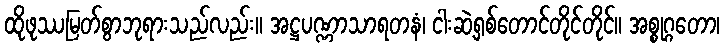
ထိုဖုဿမြတ်စွာဘုရားသည်လည်း။ အဋ္ဌပဏ္ဏာသာရတနံ၊ ငါးဆဲ့ရှစ်တောင်တိုင်တိုင်။ အစ္စုဂ္ဂတော၊